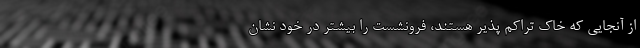
از آنجایی که خاک تراکم ‌پذیر هستند، فرونشست را بیشتر در خود نشان